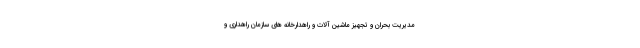
مدیریت بحران و تجهیز ماشین آلات و راهدارخانه های سازمان راهداری و